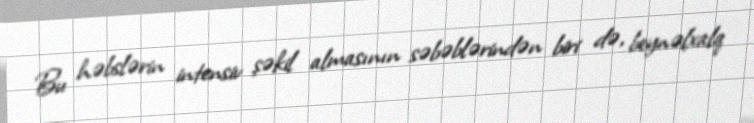
Bu həbslərin intensiv şəkil almasının səbəblərindən biri də, beynəlxalq